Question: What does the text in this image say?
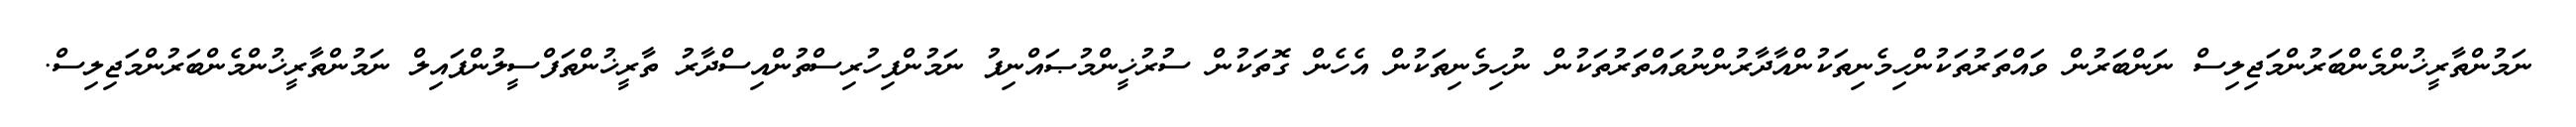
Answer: ނަމުންތާރީޚުންމެންބަރުންމަޖިލިސް ނަންބަރުން ވައްތަރުތަކުންހިމެނިތަކުންއާދާރުންނުވައްތަރުތަކުން ނުހިމެނިތަކުން އެހެން ގޮތަކުން ސުރުޚީންމުޞައްނިފު ނަމުންފިހުރިސްތުންއިސްދާރު ތާރީޚުންތަފްސީލުންފައިލް ނަމުންތާރީޚުންމެންބަރުންމަޖިލިސް.